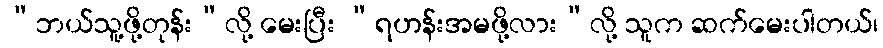
“ဘယ်သူ့ဖို့တုန်း”လို့ မေးပြီး “ရဟန်းအမဖို့လား”လို့ သူက ဆက်မေးပါတယ်၊